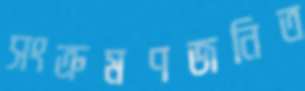
সংক্রমণজনিত